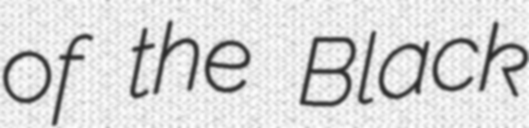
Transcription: of the Black